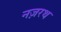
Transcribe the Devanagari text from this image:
नज़रथ